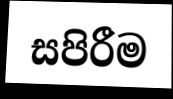
සපිරීම